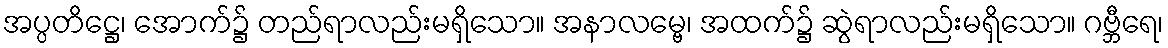
အပ္ပတိဋ္ဌေ၊ အောက်၌ တည်ရာလည်းမရှိသော။ အနာလမ္ဗေ၊ အထက်၌ ဆွဲရာလည်းမရှိသော။ ဂဗ္ဘီရေ၊